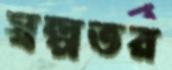
স্বল্পতর